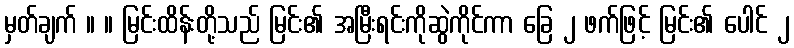
မှတ်ချက် ။ ။ မြင်းထိန်းတို့သည် မြင်း၏ အမြီးရင်းကိုဆွဲကိုင်ကာ ခြေ ၂ ဖက်ဖြင့် မြင်း၏ ပေါင် ၂